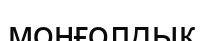
монғолдық